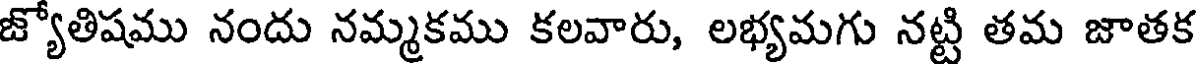
జ్యోతిషము నందు నమ్మకము కలవారు, లభ్యమగు నట్టి తమ జాతక